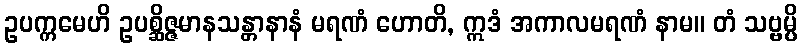
ဥပက္ကမေဟိ ဥပစ္ဆိဇ္ဇမာနသန္တာနာနံ မရဏံ ဟောတိ, ဣဒံ အကာလမရဏံ နာမ။ တံ သဗ္ဗမ္ပိ